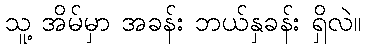
သူ့ အိမ်မှာ အခန်း ဘယ်နှခန်း ရှိလဲ။